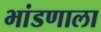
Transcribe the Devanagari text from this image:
भांडणाला